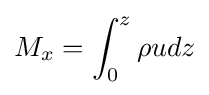
M_{x}=\int _{0}^{z}\rho udz